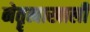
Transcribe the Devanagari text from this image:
नेतॄत्वाखाली